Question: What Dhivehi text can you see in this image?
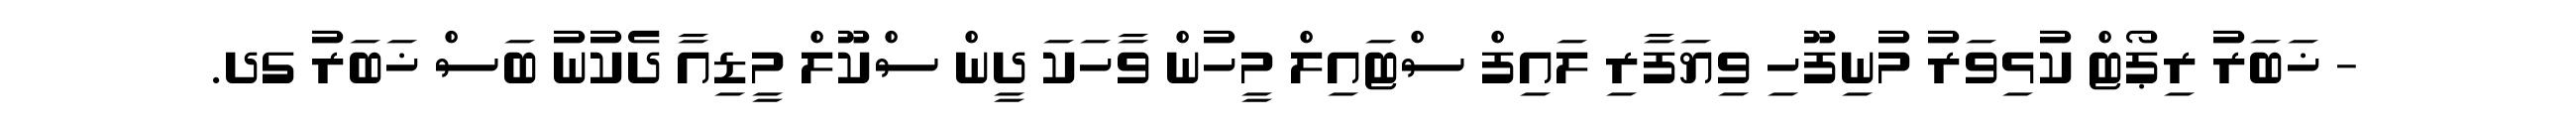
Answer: - ޚަބަރު ރިޕޯޓް ކުޅިވަރު މުނިފޫހި ވިޔަފާރި ލައިފް ސްޓައިލް މީހުން ވާހަކަ ދީން ސްކޫލް މީޑިއާ ދެކުނު ބަސް ޚަބަރު ގދ.